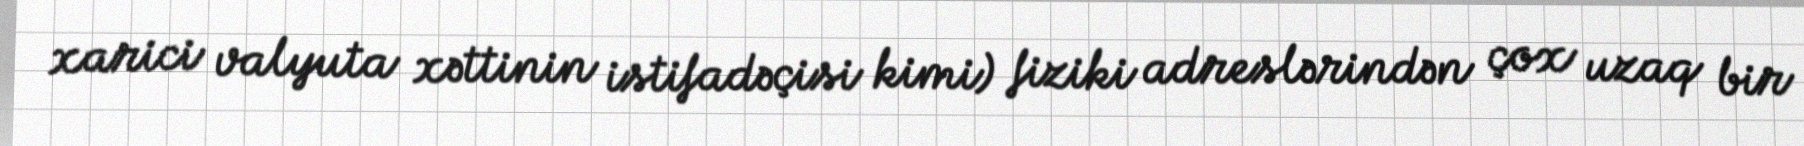
xarici valyuta xəttinin istifadəçisi kimi) fiziki adreslərindən çox uzaq bir